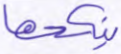
ينكحها